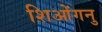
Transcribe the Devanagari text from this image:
शिओंगनु